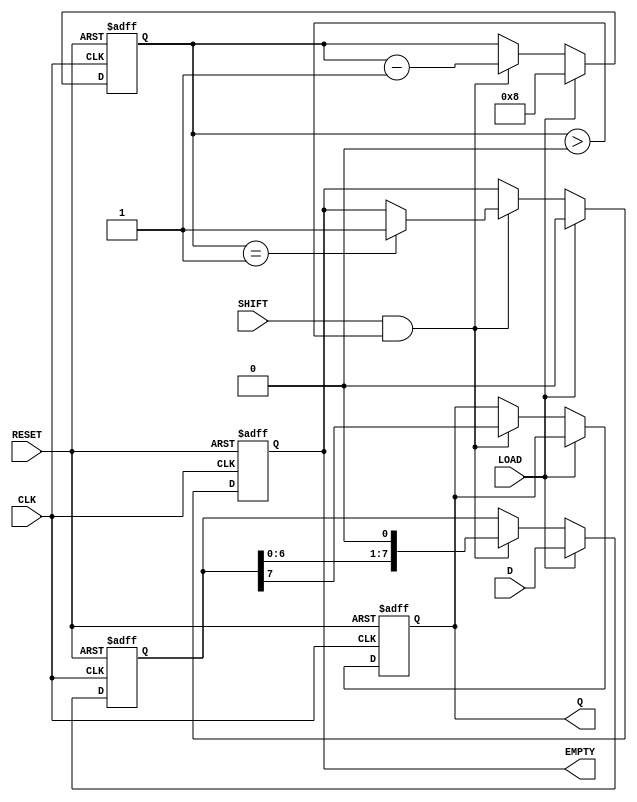
module PISO_Register #(
    parameter N = 8 // Number of bits in the register
)(
    input wire [N-1:0] D,      // Parallel Data Input
    input wire CLK,             // Clock Input
    input wire LOAD,            // Load Control Signal
    input wire SHIFT,           // Shift Control Signal
    input wire RESET,           // Asynchronous Reset
    output reg Q,               // Serial Data Output
    output reg EMPTY            // Status Signal: Indicates when the register is empty
);

    reg [N-1:0] shift_reg;      // Internal shift register
    reg [3:0] count;            // Counter to track the number of bits shifted out

    always @(posedge CLK or posedge RESET) begin
        if (RESET) begin
            shift_reg <= 0;      // Clear the shift register on reset
            Q <= 1'b0;           // Set output to low
            count <= 0;          // Reset the counter
            EMPTY <= 1'b1;       // Register is empty
        end else begin
            if (LOAD) begin
                shift_reg <= D;   // Load parallel data into the shift register
                count <= N;       // Set count to the number of bits
                EMPTY <= 1'b0;    // Register is not empty
            end else if (SHIFT && count > 0) begin
                Q <= shift_reg[N-1]; // Output the MSB of the shift register
                shift_reg <= {shift_reg[N-2:0], 1'b0}; // Shift left
                count <= count - 1; // Decrement the count
                if (count == 1) begin
                    EMPTY <= 1'b1; // Register is empty after last bit is shifted out
                end
            end
        end
    end

endmodule